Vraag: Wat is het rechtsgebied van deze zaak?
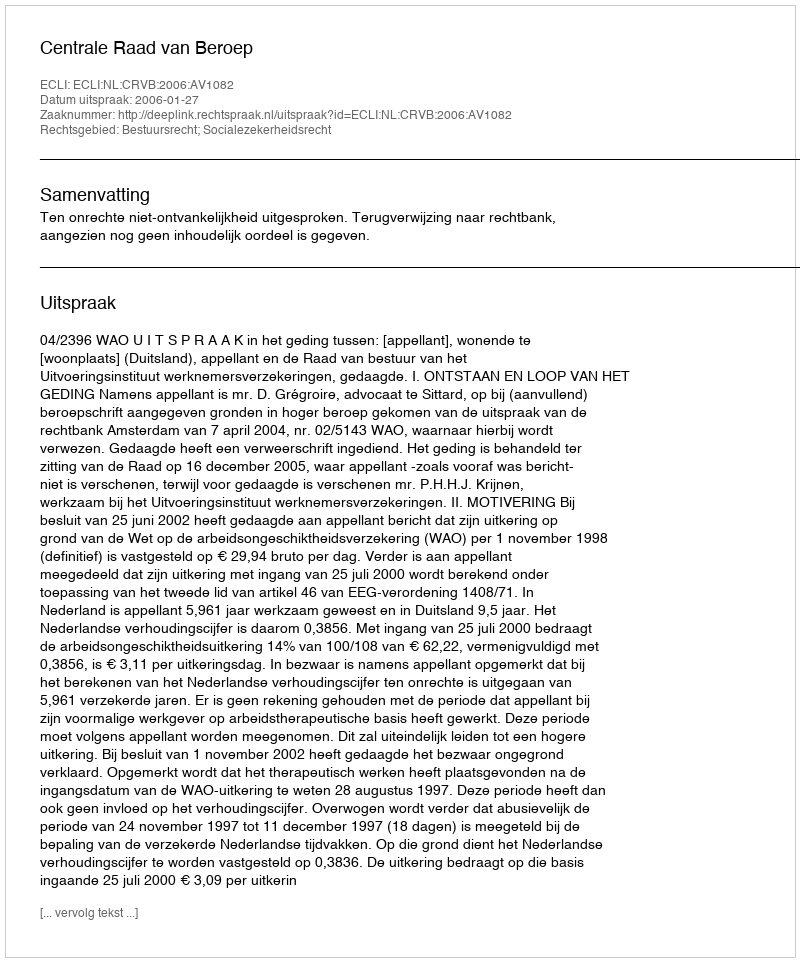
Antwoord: Bestuursrecht; Socialezekerheidsrecht